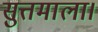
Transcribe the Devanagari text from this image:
सुत्तमाला।